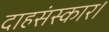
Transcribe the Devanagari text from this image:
दाहसंस्कार।